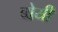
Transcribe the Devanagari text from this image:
बोयी